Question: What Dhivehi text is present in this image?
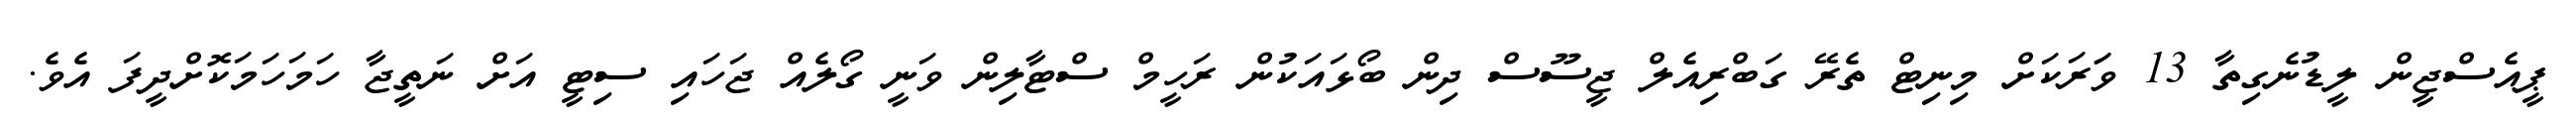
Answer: ޕީއެސްޖީން ލީޑުނެގިތާ 13 ވަަރަކަށް މިނިޓް ތެރޭ ގަބްރިއެލް ޖީސޫސް ދިން ބޯޅައަކުން ރަހީމް ސްޓާލިން ވަނީ ގޯލެއް ޖަހައި ސިޓީ އަށް ނަތީޖާ ހަމަހަމަކޮށްދީފަ އެވެ.